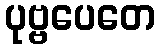
ပုဗ္ဗပေတေ